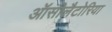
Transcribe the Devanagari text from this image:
ऑसीलैटोरिया